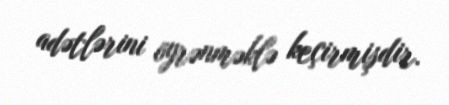
adətlərini öyrənməklə keçirmişdir.